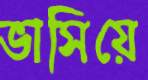
ভাসিয়ে